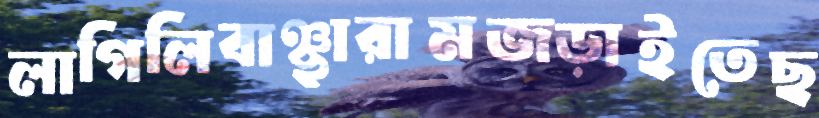
লাগিলিবাঞ্ছারামজড়াইতেছ